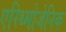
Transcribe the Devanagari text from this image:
एरिथ्मोजेनिक